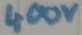
Text: 400V